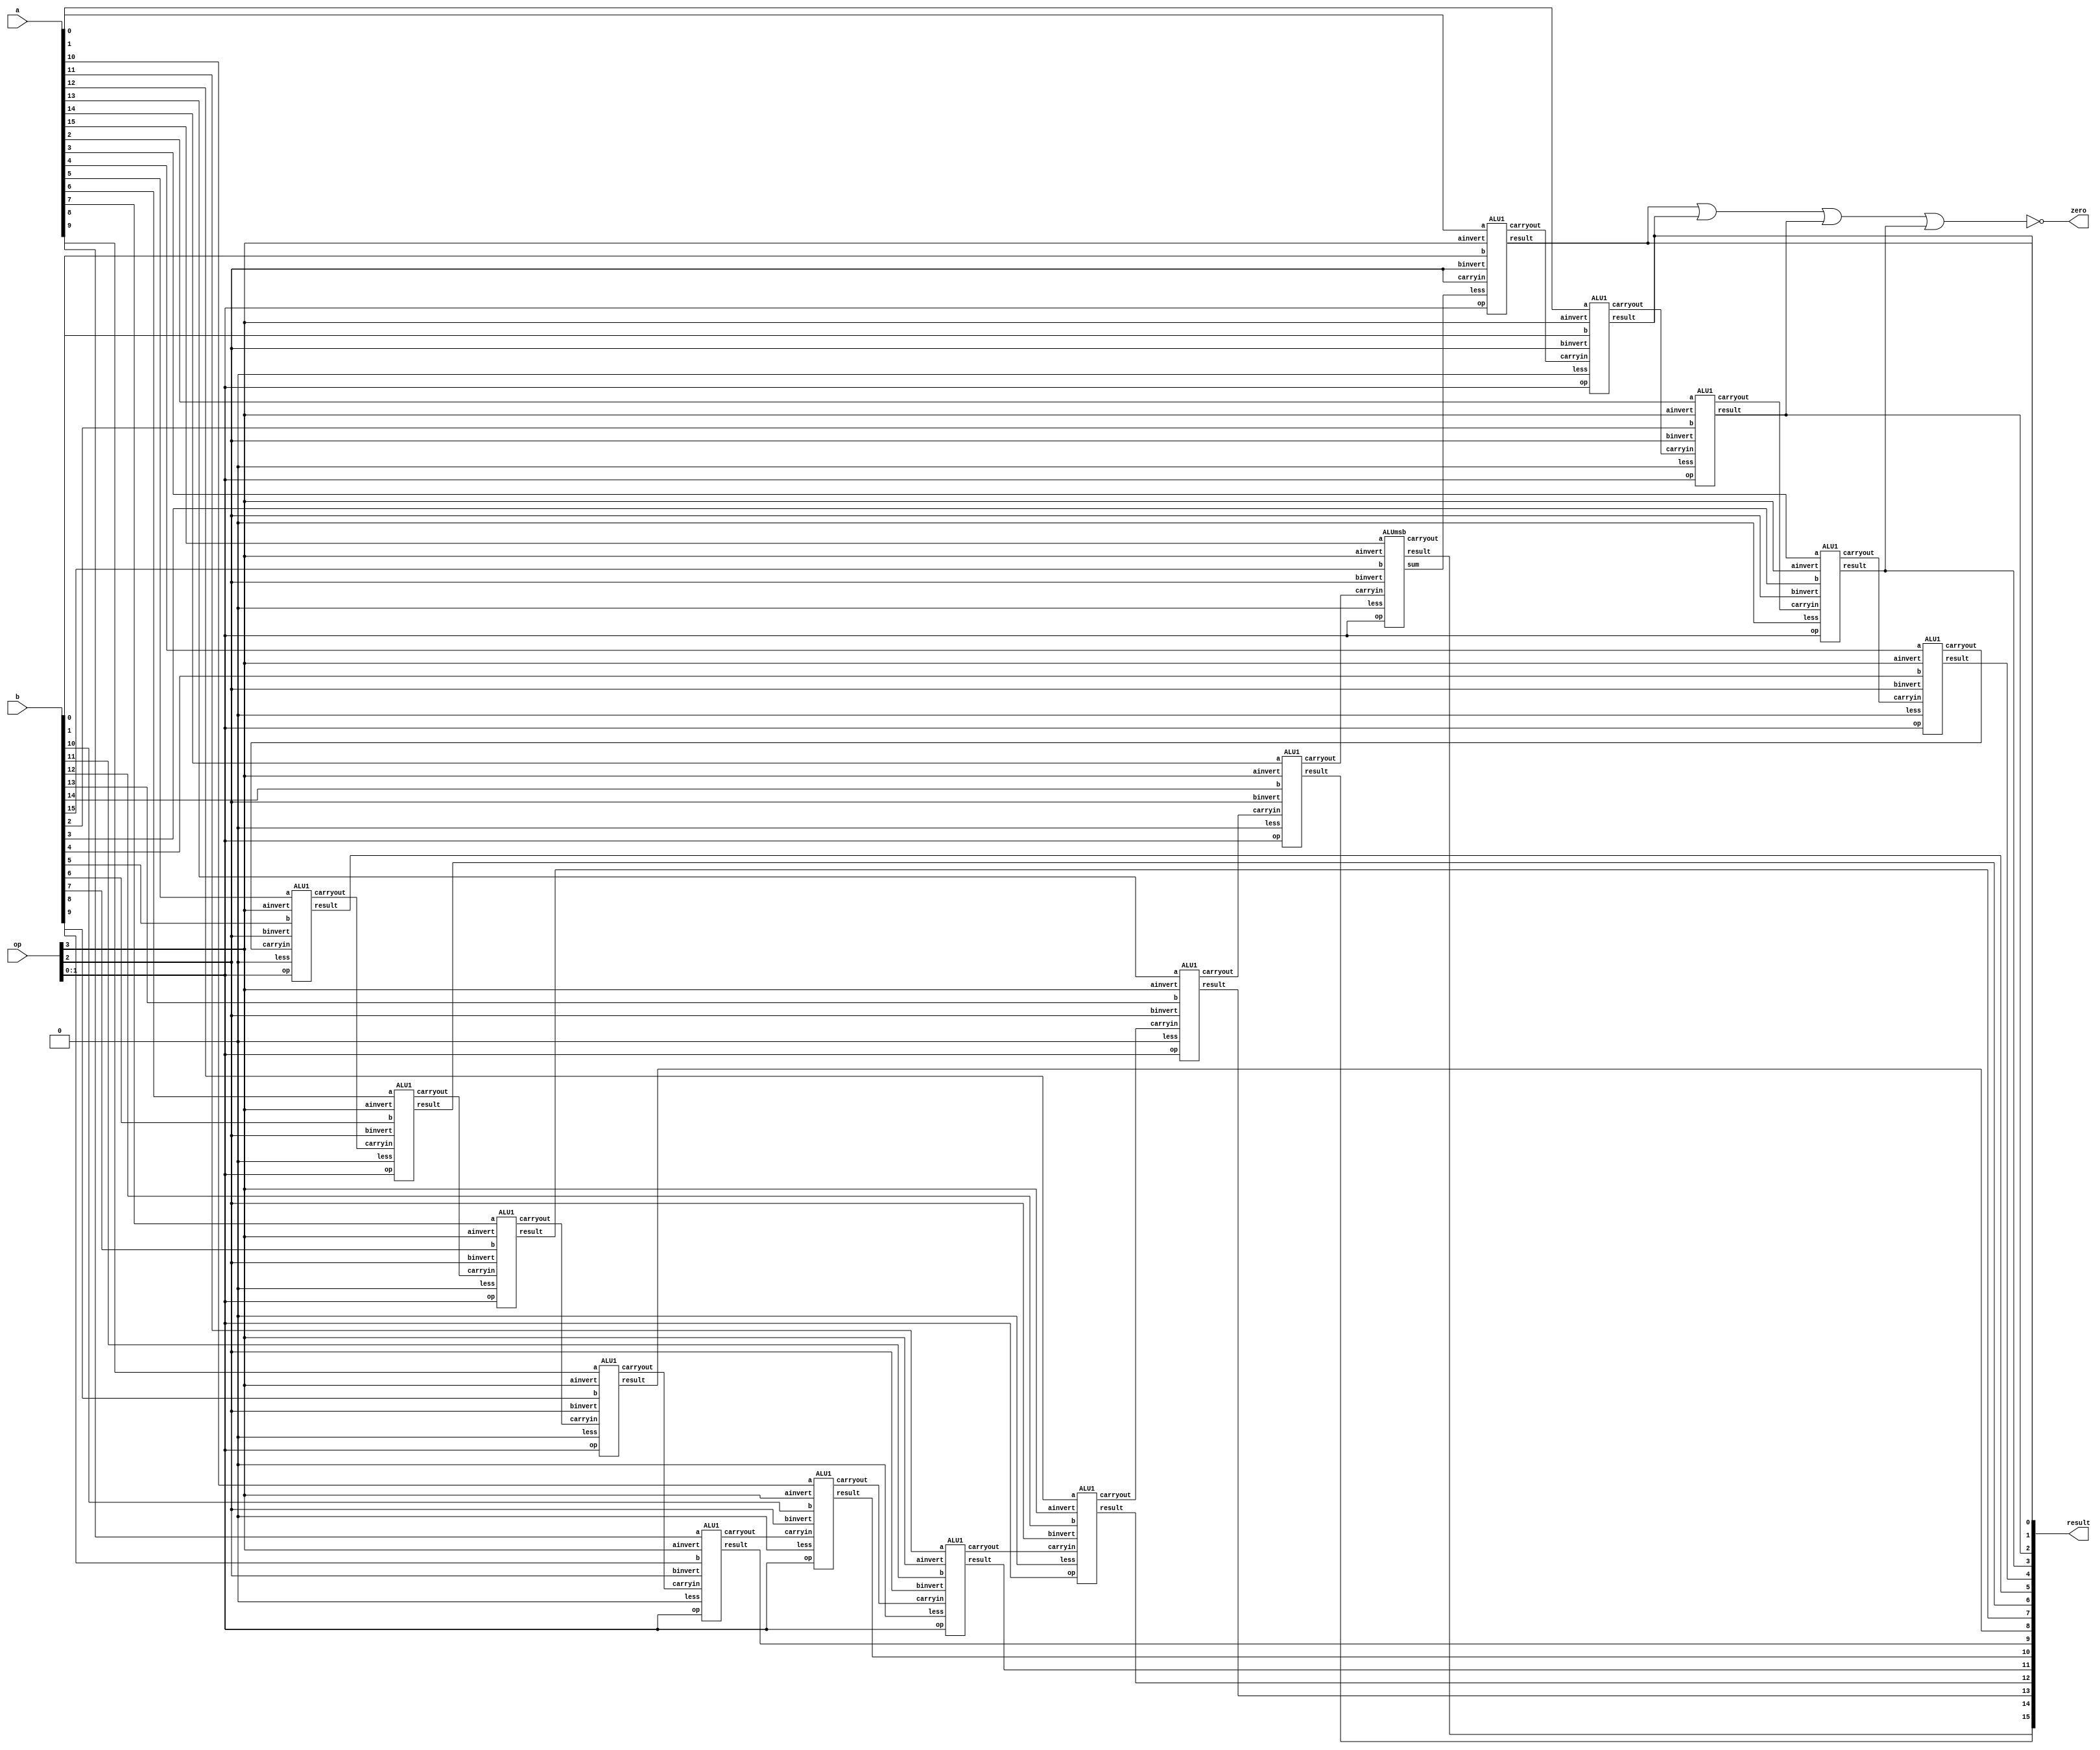
// 4-bit MIPS ALU in Verilog (1-bit ALU bihavioral implementation)

module ALU (op,a,b,result,zero);
   input [15:0] a;
   input [15:0] b;
   input [3:0] op;
   output [15:0] result;
   output zero;
   //module ALU1 (a,b,ainvert,binvert,op,less,carryin,carryout,result);
   ALU1   alu0 (a[0],b[0],op[3],op[2],op[1:0],set, op[2],c1,result[0]);
   ALU1   alu1 (a[1],b[1],op[3],op[2],op[1:0],1'b0,c1,   c2,result[1]);
   ALU1   alu2 (a[2],b[2],op[3],op[2],op[1:0],1'b0,c2,   c3,result[2]);
   ALU1   alu3 (a[3],b[3],op[3],op[2],op[1:0],1'b0,c3,   c4,result[3]);
   ALU1   alu4 (a[4],b[4],op[3],op[2],op[1:0],1'b0,c4,   c5,result[4]);
   ALU1   alu5 (a[5],b[5],op[3],op[2],op[1:0],1'b0,c5,   c6,result[5]);
   ALU1   alu6 (a[6],b[6],op[3],op[2],op[1:0],1'b0,c6,   c7,result[6]);
   ALU1   alu7 (a[7],b[7],op[3],op[2],op[1:0],1'b0,c7,   c8,result[7]);
   ALU1   alu8 (a[8],b[8],op[3],op[2],op[1:0],1'b0,c8,   c9,result[8]);
   ALU1   alu9 (a[9],b[9],op[3],op[2],op[1:0],1'b0,c9,   c10,result[9]);
   ALU1   alu10 (a[10],b[10],op[3],op[2],op[1:0],1'b0,c10,   c11,result[10]);
   ALU1   alu11 (a[11],b[11],op[3],op[2],op[1:0],1'b0,c11,   c12,result[11]);
   ALU1   alu12 (a[12],b[12],op[3],op[2],op[1:0],1'b0,c12,   c13,result[12]);
   ALU1   alu13 (a[13],b[13],op[3],op[2],op[1:0],1'b0,c13,   c14,result[13]);
   ALU1   alu14 (a[14],b[14],op[3],op[2],op[1:0],1'b0,c14,   c15,result[14]);
   ALUmsb alu15 (a[15],b[15],op[3],op[2],op[1:0],1'b0,c15,   c16,result[15],set);
   nor nor1(zero, result[0],result[1],result[2],result[3]);
endmodule

// 4-bit multiplexer for choice of operation
module MUX4x1(out, a, b, c, d, op);

    output out;
    input a, b, c, d;
    input [1:0] op;

    not (nop0, op[0]), (nop1, op[1]);
    and (T1, a, nop1, nop0), (T2, b, nop1, op[0]),(T3, c, op[1], nop0), (T4, d, op[1], op[0]);
    or (out, T1, T2, T3, T4);
endmodule

//2-bit multiplexer for a-invert and b-invert
module MUX2x1(Y, D0, D1, op); 

output Y;
input D0, D1, op;
wire T1, T2, nOp;

and (T1, D1, op), (T2, D0, nOp);
not (nOp, op);
or (Y, T1, T2);

endmodule

// half adder
module HalfAdder(sum, carry, x, y);
    input x, y;
    output sum, carry;

    xor xGate1(sum, x, y); //logic for sum
    and aGate1(carry, x, y); // logic for carry

endmodule

// full adder
module FullAdder(sum, carry, x, y, carryIn);
    input x, y, carryIn;
    output sum, carry;

    HalfAdder Ha1(sum1, carry1, x, y), Ha2(sum, carry2, sum1, carryIn);
    or Or1(carry,carry1,carry2);
endmodule


// 1-bit ALU for bits 0-2
module ALU1 (a,b,ainvert,binvert,op,less,carryin,carryout,result);
   input a,b,less,carryin,ainvert,binvert;
   input [1:0] op;
   output carryout,result;
   
   not negateA(aNot,a);
   not negateB(bNot,b);
   MUX2x1 aInvert(aMuxOutput,a,aNot,ainvert);
   MUX2x1 bInvert(bMuxOutput,b,bNot,binvert);
   and and1(andOutput,aMuxOutput,bMuxOutput);
   or or1(orOutput,aMuxOutput,bMuxOutput);
   FullAdder fa1(sum,carryout,aMuxOutput,bMuxOutput,carryin);
   MUX4x1 opMUX(result,andOutput,orOutput,sum,less,op[1:0]);
  
   //change this part
   /*assign a_inv = ~a;	
   assign a1 = ainvert? a_inv: a;
   assign b_inv = ~b;	
   assign b1 = binvert? b_inv: b; 
   assign a_and_b = a1 && b1;
   assign a_or_b = a1 || b1;
   assign {carryout,sum} = a + b1 + carryin;
   always @ (a_and_b,a_or_b,sum,less,op) 
       case (op) 
          2'b00: result = a_and_b;
          2'b01: result = a_or_b;
          2'b10: result = sum;
          2'b11: result = less;
       endcase
       //end change here*/
endmodule

// 1-bit ALU for the most significant bit
module ALUmsb (a,b,ainvert,binvert,op,less,carryin,carryout,result,sum);
   input a,b,less,carryin,ainvert,binvert;
   input [1:0] op;
   output carryout,result,sum;
   
   not negateA(aNot,a);
   not negateB(bNot,b);
   MUX2x1 aInvert(aMuxOutput,a,aNot,ainvert);
   MUX2x1 bInvert(bMuxOutput,b,bNot,binvert);
   and and1(andOutput,aMuxOutput,bMuxOutput);
   or or1(orOutput,aMuxOutput,bMuxOutput);
   FullAdder fa1(sum,carryout,aMuxOutput,bMuxOutput,carryin);
   MUX4x1 opMUX(result,andOutput,orOutput,sum,less,op[1:0]);
   /*//change code below
   assign a_inv = ~a;
   assign a1 = ainvert? a_inv: a; 
   assign b_inv = ~b;
   assign b1 = binvert? b_inv: b; 
   assign a_and_b = a1 && b1;
   assign a_or_b = a1 || b1;
   assign {carryout,sum} = a + b1 + carryin;
   always @ (a_and_b,a_or_b,sum,less,op) 
       case (op) 
          2'b00: result = a_and_b;
          2'b01: result = a_or_b;
          2'b10: result = sum;
          2'b11: result = less;
       endcase 
       //end change here*/
endmodule

// Test Module 
module testALU;
   reg signed [15:0] a;
   reg signed [15:0] b;
   reg [3:0] op;
   wire signed [15:0] result;
   wire zero;
   ALU alu (op,a,b,result,zero);
   initial begin
    $display("op        a                       b                           result              zero");
    $monitor ("%b %b  (%d) %b (%d) %b (%d) %b",op,a,a,b,b,result,result,zero);
       op = 4'b0000; a = 16'b0000000000000111; b = 16'b0000000000000001;  // AND
	#1 op = 4'b0001; a = 16'b0000000000000101; b = 16'b0000000000000010;  // OR
	#1 op = 4'b0010; a = 16'b0000000000000100; b = 16'b0000000000000010;  // ADD
	#1 op = 4'b0010; a = 16'b0110001000000111; b = 16'b0100000100000001;  // ADD
	#1 op = 4'b0110; a = 16'b0000000000100101; b = 16'b0000000000100011;  // SUB
	#1 op = 4'b0110; a = 16'b1000000000001111; b = 16'b0000000000000001;  // SUB
	#1 op = 4'b0111; a = 16'b0000000000000101; b = 16'b0000000000000001;  // SLT
	#1 op = 4'b0111; a = 16'b0000000000001110; b = 16'b0000000000001111;  // SLT
	#1 op = 4'b1100; a = 16'b0000000000000101; b = 16'b0000000000000010;  // NOR
	#1 op = 4'b1101; a = 16'b0000000000000101; b = 16'b0000000000000010;  // NAND
   end
endmodule

/* Output
op   a        b        result   zero
0000 0111( 7) 0001( 1) 0001( 1) 0
0001 0101( 5) 0010( 2) 0111( 7) 0
0010 0100( 4) 0010( 2) 0110( 6) 0
0010 0111( 7) 0001( 1) 1000(-8) 0
0110 0101( 5) 0011( 3) 0010( 2) 0
0110 1111(-1) 0001( 1) 1110(-2) 0
0111 0101( 5) 0001( 1) 0000( 0) 1
0111 1110(-2) 1111(-1) 0001( 1) 0
1100 0101( 5) 0010( 2) 1000(-8) 0
1101 0101( 5) 0010( 2) 1111(-1) 0
*/